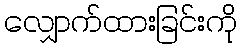
လျှောက်ထားခြင်းကို